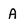
Character: A